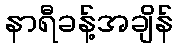
နာရီခန့်အချိန်